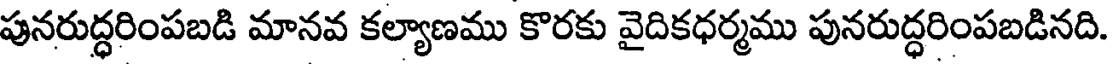
పునరుద్ధరింపబడి మానవ కల్యాణము కొరకు వైదికధర్మము పునరుద్ధరింపబడినది.